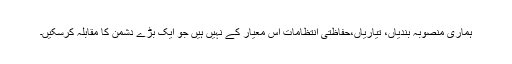
ہماری منصوبہ بندیاں، تیاریاں،حفاظتی انتظامات اُس معیار کے نہیں ہیں جو ایک بڑے دشمن کا مقابلہ کرسکیں۔